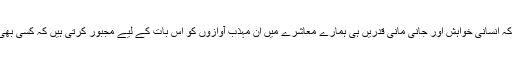
حقيقت يہ ہے کہ عالمی سطح پر بے گناہ انسانی جانوں کو محفوظ کرنے کی مشترکہ انسانی خواہش اور جانی مانی قدريں ہی ہمارے معاشرے ميں ان مہذب آوازوں کو اس بات کے ليے مجبور کرتی ہيں کہ کسی بھی بے گناہ انسان کی موت کی صورت ميں اپنے تحفظات کا اظہار اور مذمت کريں۔